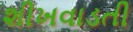
શીખવાડતી